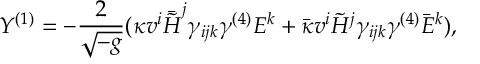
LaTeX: Y ^ { ( 1 ) } = - \frac { 2 } { \sqrt { - g } } ( \kappa v ^ { i } \bar { \tilde { \cal H } } ^ { j } \gamma _ { i j k } \gamma ^ { ( 4 ) } E ^ { k } + \bar { \kappa } v ^ { i } \tilde { \cal H } ^ { j } \gamma _ { i j k } \gamma ^ { ( 4 ) } \bar { E } ^ { k } ) ,